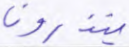
ينذرون